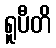
ရူပီတိ